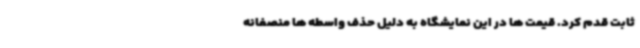
ثابت قدم کرد. قیمت ها در این نمایشگاه به دلیل حذف واسطه ها منصفانه